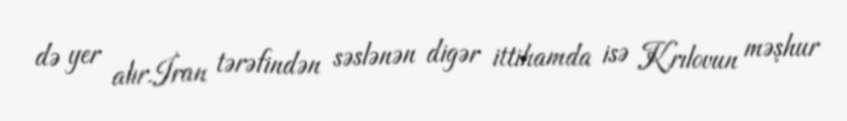
də yer alır.İran tərəfindən səslənən digər ittihamda isə Krılovun məşhur